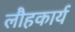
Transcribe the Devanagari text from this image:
लौहकार्य